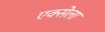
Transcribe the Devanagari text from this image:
एक्सेला